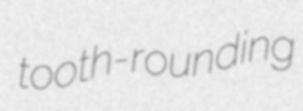
tooth-rounding